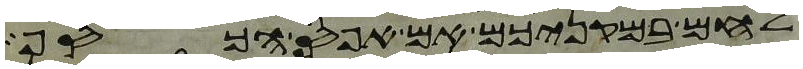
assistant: לחם במקניכם אם אפס הכסף